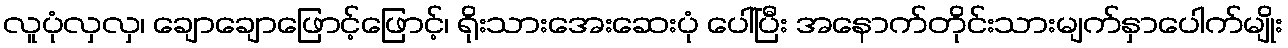
လူပုံလှလှ၊ ချောချောဖြောင့်ဖြောင့်၊ ရိုးသားအေးဆေးပုံ ပေါ်ပြီး အနောက်တိုင်းသားမျက်နှာပေါက်မျိုး